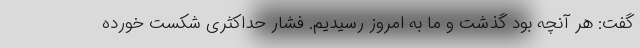
گفت: هر آنچه بود گذشت و ما به امروز رسیدیم. فشار حداکثری شکست خورده